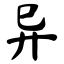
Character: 异